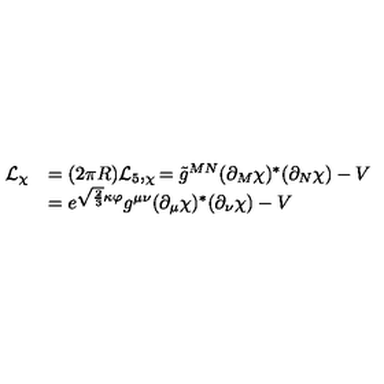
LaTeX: \begin{array} { l l } { { \cal L } _ { \chi } } & { = ( 2 \pi R ) { \cal L } _ { 5 } , _ { \chi } = \tilde { g } ^ { M N } ( \partial _ { M } \chi ) ^ { * } ( \partial _ { N } \chi ) - V } \\ { } & { = e ^ { \sqrt { \frac 2 3 } \kappa \varphi } g ^ { \mu \nu } ( \partial _ { \mu } \chi ) ^ { * } ( \partial _ { \nu } \chi ) - V } \\ \end{array}